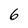
Character: 6